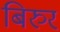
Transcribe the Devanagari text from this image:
बिरुर